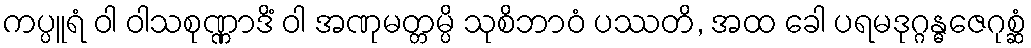
ကပ္ပူရံ ဝါ ဝါသစုဏ္ဏာဒိံ ဝါ အဏုမတ္တမ္ပိ သုစိဘာဝံ ပဿတိ, အထ ခေါ ပရမဒုဂ္ဂန္ဓဇေဂုစ္ဆံ